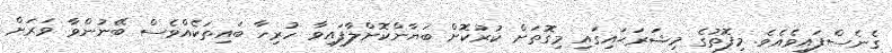
ގެނެސްފައިވެއެވެ. މިފޮތުގެ މިޝަރަޙައިގައި މިގޮތަށް ކުރުކޮށް ބަޔާންކޮށްލާފައިވާ ހުރިހާ ބައިތަކެއްވެސް ބޭނުންވާ ވަރަށް